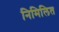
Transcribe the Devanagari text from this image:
निमिलित